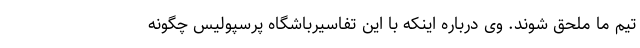
تیم ما ملحق شوند. وی درباره اینکه با این تفاسیرباشگاه پرسپولیس چگونه